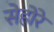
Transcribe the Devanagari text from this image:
सेहोरे